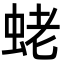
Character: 蛯